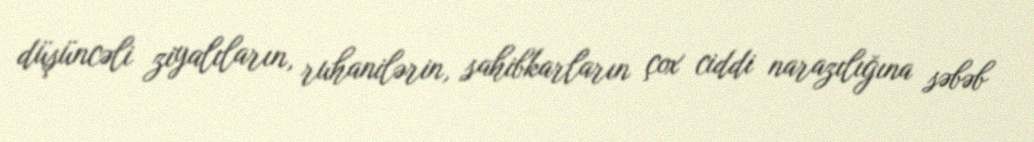
düşüncəli ziyalıların, ruhanilərin, sahibkarların çox ciddi narazılığına səbəb